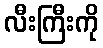
လီးကြီးကို